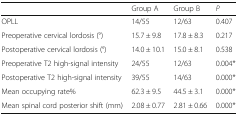
|  | Group A | Group B | P |
 | --- | --- | --- | --- |
 | OPLL | 14/55 | 12/63 | 0.407 |
 | Preoperative cervical lordosis (°) | 15.7 ± 9.8 | 17.8 ± 8.3 | 0.217 |
 | Postoperative cervical lordosis (°) | 14.0 ± 10.1 | 15.0 ± 8.1 | 0.538 |
 | Preoperative T2 high-signal intensity | 24/55 | 12/63 | 0.004* |
 | Postoperative T2 high-signal intensity | 39/55 | 14/63 | 0.000* |
 | Mean occupying rate% | 62.3 ± 9.5 | 44.5 ± 3.1 | 0.000* |
 | Mean spinal cord posterior shift (mm) | 2.08 ± 0.77 | 2.81 ± 0.66 | 0.000* |